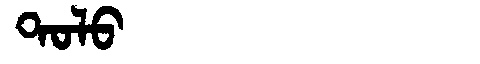
Manchu: ᡨᠣᠯᠣ
Romanization: TOLO